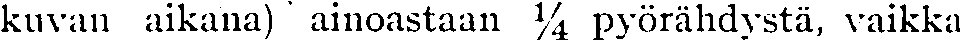
kuvan aikana) ainoastaan ¼ pyörähdystä, vaikka